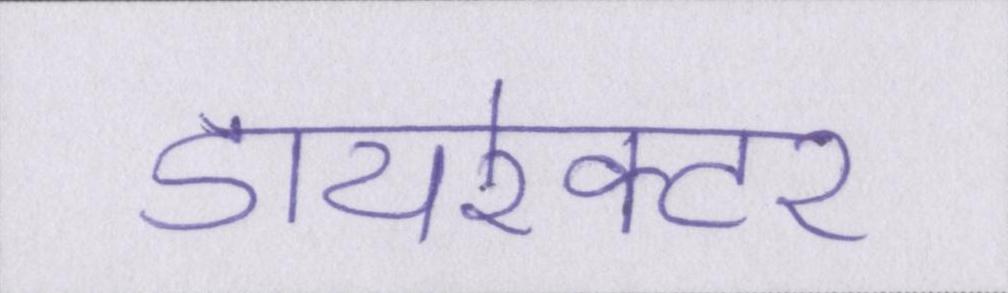
डायरेक्टर